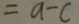
= a - c